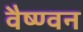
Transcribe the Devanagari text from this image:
वैष्ण्वन